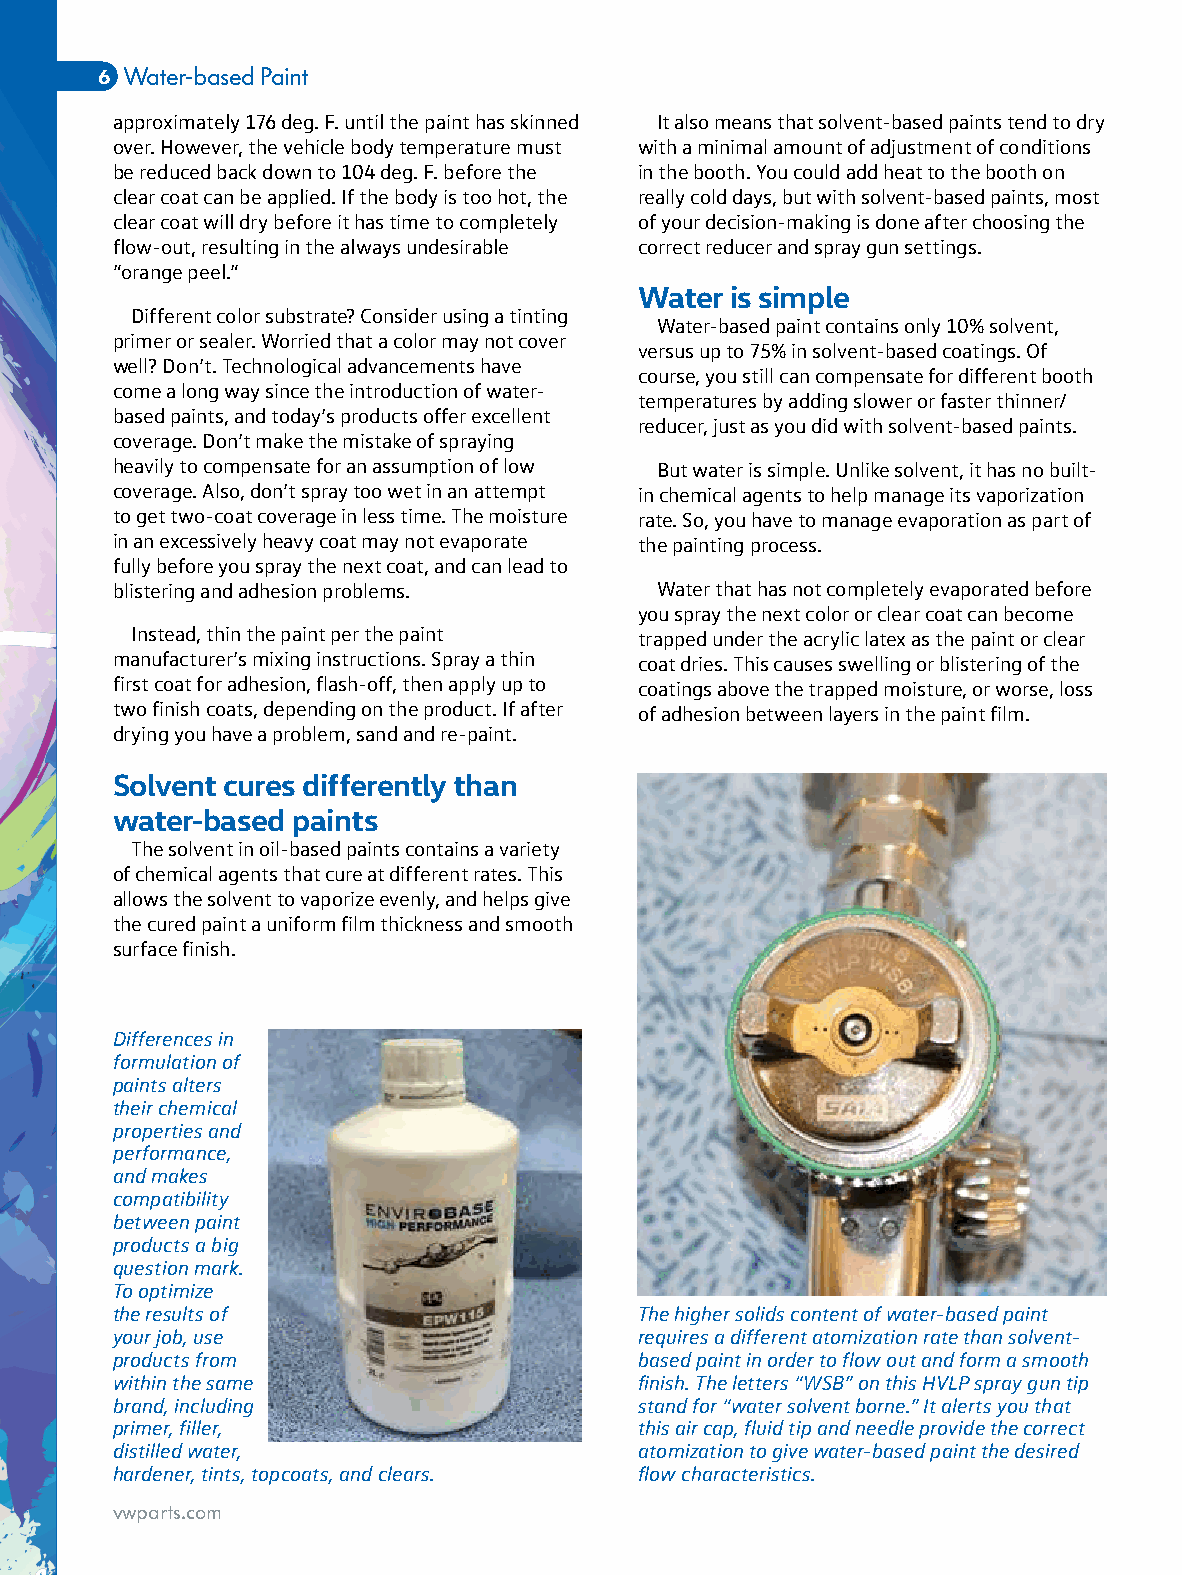
6 Water-based Paint
 approximately 176 deg. F. until the paint has skinned It also means that solvent-based paints tend to dry
 over. However, the vehicle body temperature must with a minimal amount of adjustment of conditions
 be reduced back down to 104 deg. F. before the in the booth. You could add heat to the booth on
 clear coat can be applied. If the body is too hot, the really cold days, but with solvent-based paints, most
 clear coat will dry before it has time to completely of your decision-making is done after choosing the
 flow-out, resulting in the always undesirable correct reducer and spray gun settings.
 ”orange peel.”
 Water is simple
 Different color substrate? Consider using a tinting
 Water-based paint contains only 10% solvent,
 primer or sealer. Worried that a color may not cover
 versus up to 75% in solvent-based coatings. Of
 well? Don’t. Technological advancements have
 course, you still can compensate for different booth
 come a long way since the introduction of water-
 temperatures by adding slower or faster thinner/
 based paints, and today’s products offer excellent
 reducer, just as you did with solvent-based paints.
 coverage. Don’t make the mistake of spraying
 heavily to compensate for an assumption of low But water is simple. Unlike solvent, it has no built-
 coverage. Also, don’t spray too wet in an attempt in chemical agents to help manage its vaporization
 to get two-coat coverage in less time. The moisture rate. So, you have to manage evaporation as part of
 in an excessively heavy coat may not evaporate the painting process.
 fully before you spray the next coat, and can lead to
 blistering and adhesion problems.   Water that has not completely evaporated before
 you spray the next color or clear coat can become
 Instead, thin the paint per the paint trapped under the acrylic latex as the paint or clear
 manufacturer’s mixing instructions. Spray a thin coat dries. This causes swelling or blistering of the
 first coat for adhesion, flash-off, then apply up to coatings above the trapped moisture, or worse, loss
 two finish coats, depending on the product. If after of adhesion between layers in the paint film.
 drying you have a problem, sand and re-paint.
 Solvent cures differently than
 water-based paints
 The solvent in oil-based paints contains a variety
 of chemical agents that cure at different rates. This
 allows the solvent to vaporize evenly, and helps give
 the cured paint a uniform film thickness and smooth
 surface finish.
 Differences in
 formulation of
 paints alters
 their chemical
 properties and
 performance,
 and makes
 compatibility
 between paint
 products a big
 question mark.
 To optimize
 the results of                     The higher solids content of water-based paint
 your job, use                      requires a different atomization rate than solvent-
 products from                      based paint in order to flow out and form a smooth
 within the same                    finish. The letters “WSB” on this HVLP spray gun tip
 brand, including                   stand for “water solvent borne.” It alerts you that
 primer, filler,                    this air cap, fluid tip and needle provide the correct
 distilled water,                   atomization to give water-based paint the desired
 hardener, tints, topcoats, and clears. flow characteristics.
 vwparts.com